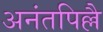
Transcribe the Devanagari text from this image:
अनंतपिल्लै